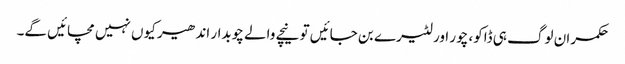
حکمران لوگ ہی ڈاکو، چور اور لٹیرے بن جائیں تو نیچے والے چوبدار اندھیر کیوں نہیں مچائیں گے۔